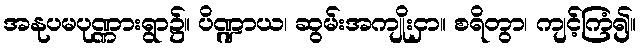
အနုပမပုဏ္ဏားရွာ၌။ ပိဏ္ဍာယ၊ ဆွမ်းအကျိုးငှာ။ စရိတွာ၊ ကျင့်ကြံ၍။